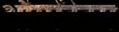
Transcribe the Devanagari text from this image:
औग्मेंटेटम